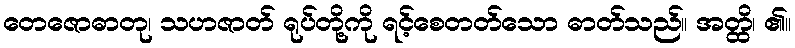
တေဇောဓာတု၊ သဟဇာတ် ရုပ်တို့ကို ရင့်စေတတ်သော ဓာတ်သည်။ အတ္ထိ၊ ၏။